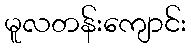
မူလတန်းကျောင်း